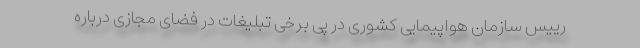
رییس سازمان هواپیمایی کشوری در پی برخی تبلیغات در فضای مجازی درباره